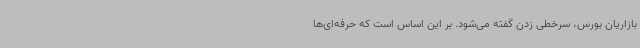
بازاریان بورس، سرخطی زدن گفته می‌شود. بر این اساس است که حرفه‌ای‌ها